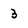
Character: 3